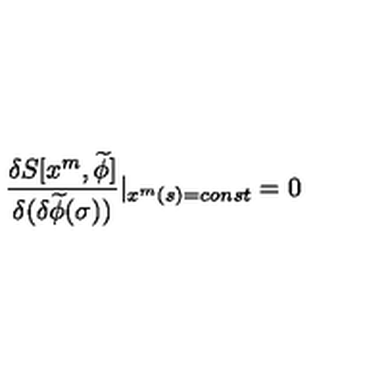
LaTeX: \frac { \delta S [ x ^ { m } , \widetilde { \phi } ] } { \delta ( \delta \widetilde { \phi } ( \sigma ) ) } | _ { x ^ { m } ( s ) = c o n s t } = 0